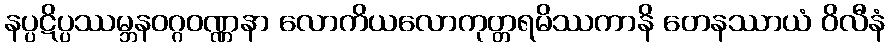
နပ္ပဋိပ္ပဿမ္ဘနဝဂ္ဂဝဏ္ဏနာ လောကိယလောကုတ္တရမိဿကာနိ တေနဿာယံ ဝိလီနံ